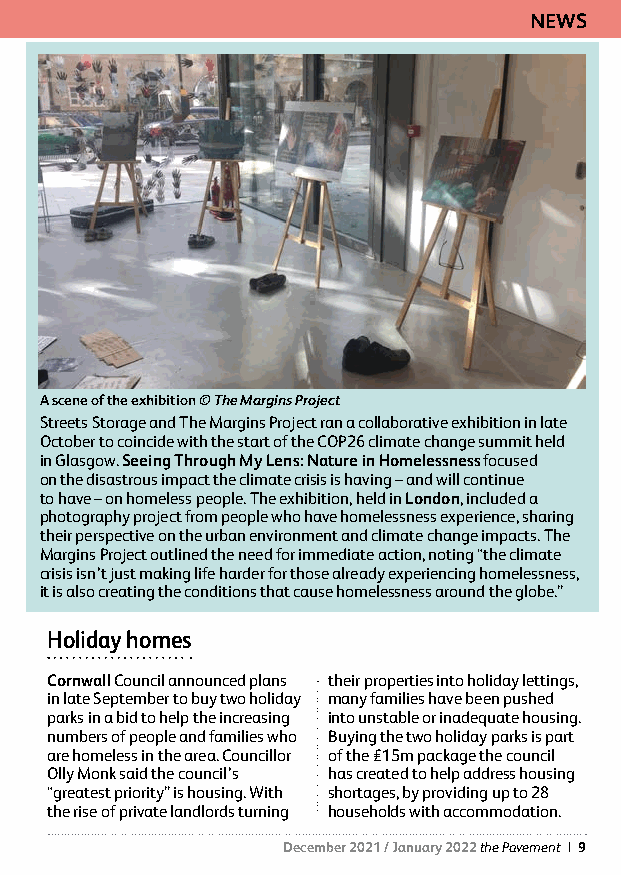
NEWS
 A scene of the exhibition © The Margins Project
 Streets Storage and The Margins Project ran a collaborative exhibition in late
 October to coincide with the start of the COP26 climate change summit held
 in Glasgow. Seeing Through My Lens: Nature in Homelessness focused
 on the disastrous impact the climate crisis is having – and will continue
 to have – on homeless people. The exhibition, held in London, included a
 photography project from people who have homelessness experience, sharing
 their perspective on the urban environment and climate change impacts. The
 Margins Project outlined the need for immediate action, noting “the climate
 crisis isn’t just making life harder for those already experiencing homelessness,
 it is also creating the conditions that cause homelessness around the globe.”
 Holiday homes
 Cornwall Council announced plans their properties into holiday lettings,
 in late September to buy two holiday many families have been pushed
 parks in a bid to help the increasing into unstable or inadequate housing.
 numbers of people and families who Buying the two holiday parks is part
 are homeless in the area. Councillor of the £15m package the council
 Olly Monk said the council’s has created to help address housing
 “greatest priority” is housing. With shortages, by providing up to 28
 the rise of private landlords turning households with accommodation.
 December 2021 / January 2022 the Pavement | 9